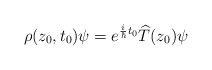
\begin{align*}\rho(z_{0},t_{0})\psi=e^{\frac{i}{\hbar}t_{0}}\widehat{T}(z_{0})\psi\end{align*}